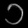
Digit: ၁